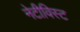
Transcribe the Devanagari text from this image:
नेटीविस्ट